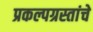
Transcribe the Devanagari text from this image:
प्रकल्पग्रस्तांचे